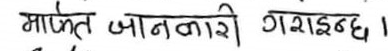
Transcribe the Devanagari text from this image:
मार्फत जानकारी गराइन्छ।